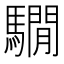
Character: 𩦂